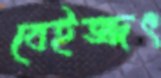
বেইজ্জৎ